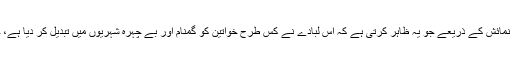
’ سن بی ہائینڈ کرٹین‘ کی ان کی مہم کا مقصد، اس تصویری نمائش کے ذریعے جو یہ ظاہر کرتی ہے کہ اس لبادے نے کس طرح خواتین کو گمنام اور بے چہرہ شہریوں میں تبدیل کر دیا ہے، خواتین کے بنیادی حقوق کے بارے میں آگاہی کو بڑھانا ہے۔